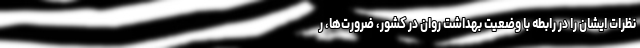
نظرات ایشان را در رابطه با وضعیت بهداشت روان در کشور، ضرورت‌ها، ر